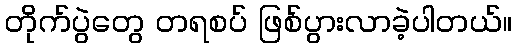
တိုက်ပွဲတွေ တရစပ် ဖြစ်ပွားလာခဲ့ပါတယ်။